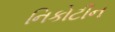
નિકોટીન